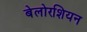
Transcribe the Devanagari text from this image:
बेलोरशियन